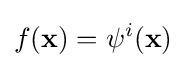
f(\mathbf {x} )=\psi ^{i}(\mathbf {x} )